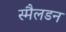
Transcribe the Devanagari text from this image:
स्मैलडन